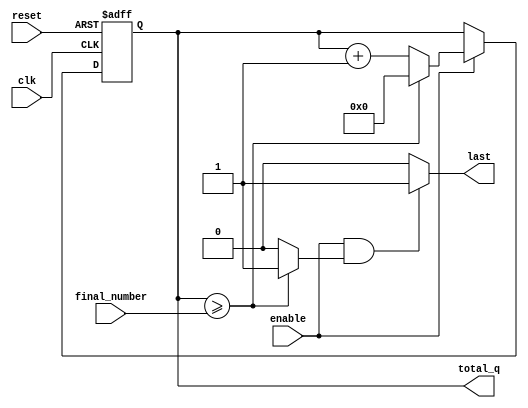
//================================================================================================
//====================  counter module  ==============================
//  Developer: YI
//  description : enable for count , disable for stall
//      reset for initial . every cycle count 1 .
//      count end number is defined final number.
//      last = "1" when total_q == final number  (without -1) during enable.
//================================================================================================

// count_yi_v4 #(
//     .BITS_OF_END_NUMBER (	CNT00_WIDTH	)
// )b0_ct00(
//     .clk		( clk )
//     ,	.reset 	 		(	reset	)
//     ,	.enable	 		(		)
// 	,	.final_number	(		)
// 	,	.last			(		)
//     ,	.total_q		(		)
// );

//================================================================================================
`timescale 1ns/100ps
module count_yi_v4 #(
    parameter BITS_OF_END_NUMBER = 10
)(
    clk		
    ,	reset 	 
    ,	enable	 

	,	final_number
	,	last
    ,	total_q	
);

input 	clk ;
input 	reset ;
input 	enable ;

// input		[   BITS_OF_END_NUMBER -1 : 0] 	start_number ;
input		[   BITS_OF_END_NUMBER -1 : 0] 	final_number ;
output		[   BITS_OF_END_NUMBER -1 : 0]  total_q 		;
output  									last 		;

reg		[   BITS_OF_END_NUMBER -1 : 0]  cnt_q 		;


wire final_iscome ;
assign total_q =  cnt_q ;
assign last = ( enable & final_iscome )? 1'd1 : 1'd0 ;

assign final_iscome = (total_q >= final_number) ? 1'd1 : 1'd0 ;
always@( posedge clk or posedge reset )begin
    if ( reset )begin
        cnt_q<= 'd0; 
    end else begin
		if ( enable )begin
			if( total_q >= final_number )begin
				cnt_q<= 'd0 ;
			end 
			else begin
				cnt_q<= cnt_q + 'd1 ;
			end
		end 
		else begin
			cnt_q <= cnt_q ;
			end

    end
end 

endmodule